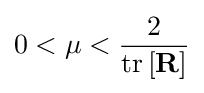
0<\mu <{\frac {2}{\mathrm {tr} \left[{\mathbf {R} }\right]}}